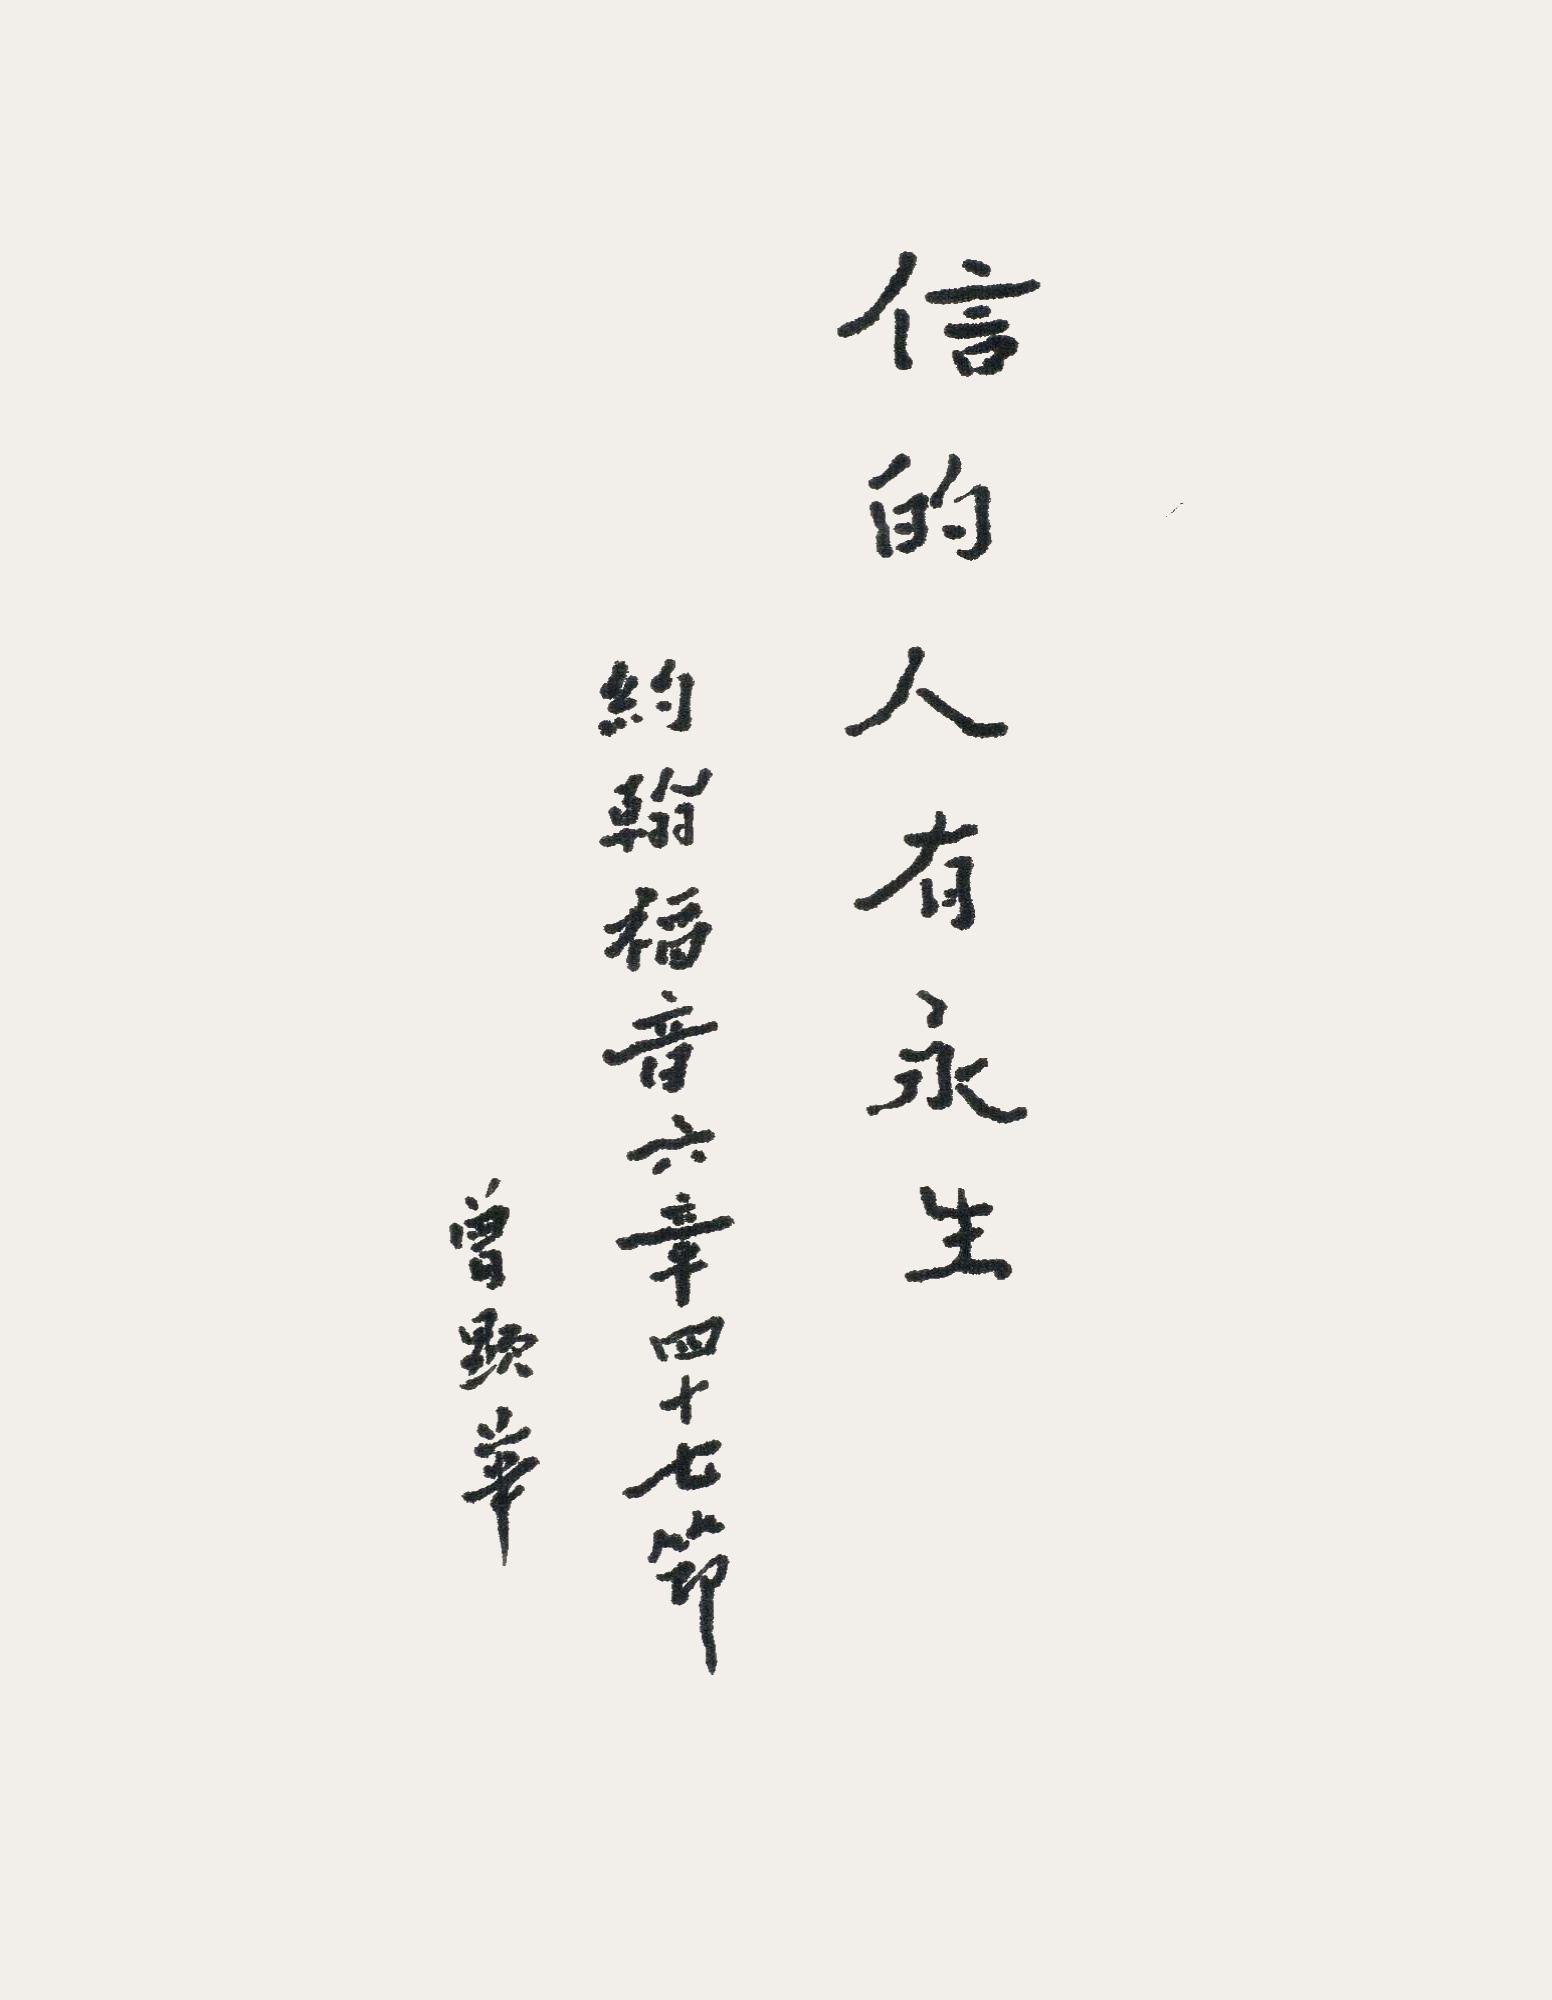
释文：信的人有永生约翰福音六章四十七节，曾显华。